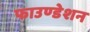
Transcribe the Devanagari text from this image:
फाउण्‍डेशन